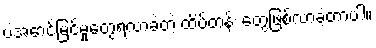
ပဲအောင်မြင်မှုတွေရလာခဲ့တဲ့ ထိပ်တန်း တွေဖြစ်လာခဲ့တာပါ။